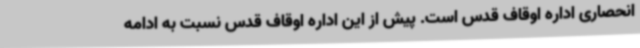
انحصاری اداره اوقاف قدس است. پیش از این اداره اوقاف قدس نسبت به ادامه